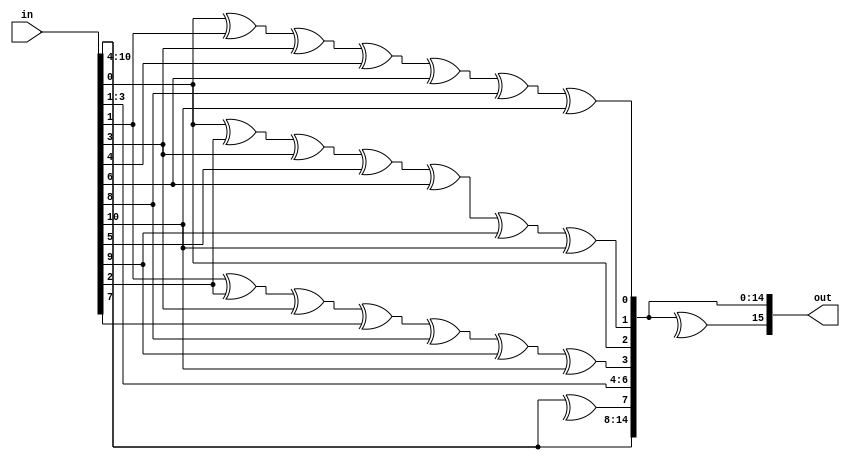
`timescale 1ns / 1ps
//////////////////////////////////////////////////////////////////////////////////
// Company: 
// Engineer: 
// 
// Design Name: 
// Module Name:    hamming_encoder 
// Project Name: 
// Target Devices: 
// Tool versions: 
// Description: 
//
// Dependencies: 
//
// Revision: 
// Revision 0.01 - File Created
// Additional Comments: 
//
//////////////////////////////////////////////////////////////////////////////////
module hamming_encoder(output reg[16:1] out,
		       input     [10:0] in);
	always @(*)	
	begin
		//P1 = D1 ^ D2 ^ D4 ^ D5 ^ D7 ^ D9 ^ D11
		out[1]  = in[0] ^ in[1] ^ in[3] ^ in[4] ^ in[6] ^ in[8] ^ in[10];
		//P2 = D1 ^ D3 ^ D4 ^ D6 ^ D7 ^ D10 ^ D11
		out[2]  = in[0] ^ in[2] ^ in[3] ^ in[5] ^ in[6] ^ in[9] ^ in[10];
		out[3]  = in[0];
		//P4 = D2 ^ D3 ^ D4 ^ D8 ^ D9 ^ D10 ^ D11
		out[4]  = in[1] ^ in[2] ^ in[3] ^ in[7] ^ in[8] ^ in[9] ^ in[10];
		out[5]  = in[1];
		out[6]  = in[2];
		out[7]  = in[3];
		//P8 = XOR(Di), i=5,11
		out[8]  = ^in[10:4];
		out[9]  = in[4];
		out[10] = in[5];
		out[11] = in[6];
		out[12] = in[7];
		out[13] = in[8];
		out[14] = in[9];
		out[15] = in[10];
		//bit_paritate = XOR(out[i]), i=1,15
		out[16] = ^out[15:1];		
	end

endmodule